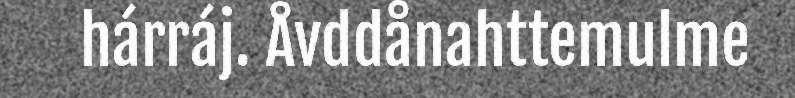
hárráj. Åvddånahttemulme